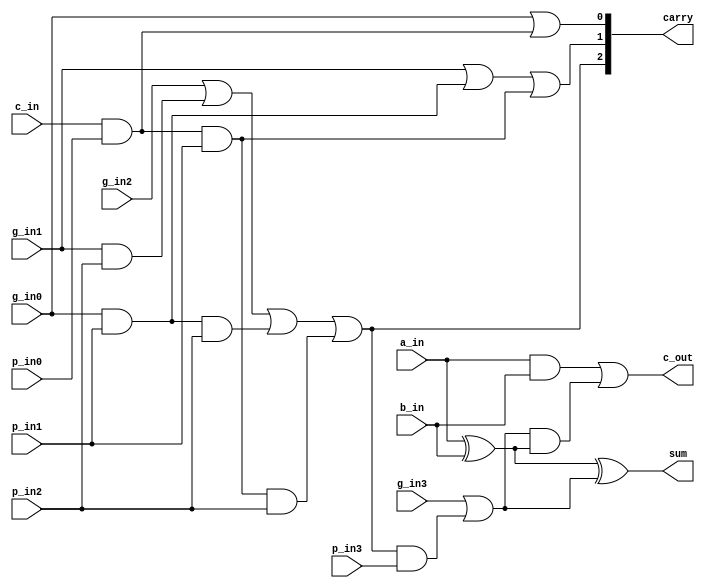
module CLA65clg(sum,                                                                      
                 c_out,                                                                    
                 carry,                                                                    
                 p_in0,                                                                    
                 g_in0,                                                                    
                 p_in1,                                                                    
                 g_in1,                                                                    
                 p_in2,                                                                    
                 g_in2,                                                                    
                 p_in3,                                                                    
                 g_in3,                                                                    
 				a_in,                                                                        
 				b_in,                                                                        
                 c_in                                                                      
                 ) ;                                                                       
                                                                                           
 parameter CA_WIDTH = 3 ;                                                                  
 parameter C_1 = 0 ;                                                                       
 parameter C_2 = 1 ;                                                                       
 parameter C_3 = 2 ;                                                                       
                                                                                           
 output                sum ;                                                               
 output                c_out ;                                                             
 output[CA_WIDTH-1:0]  carry ;                                                             
                                                                                           
 input                 p_in0 ;                                                             
 input                 g_in0 ;                                                             
 input                 p_in1 ;                                                             
 input                 g_in1 ;                                                             
 input                 p_in2 ;                                                             
 input                 g_in2 ;                                                             
 input                 p_in3 ;                                                             
 input                 g_in3 ;                                                             
 input                 a_in ;                                                              
 input                 b_in ;                                                              
 input                 c_in ;                                                              
                                                                                           
 wire                  g64_wire ;                                                          
 wire                  p64_wire ;                                                          
 wire                  c64_wire ;                                                          
                                                                                           
 	                                                                                         
 	//                                                                                       
 	assign carry[C_1] = g_in0|(c_in&p_in0) ;                                                 
 	assign carry[C_2] = g_in1|(g_in0&p_in1)|(c_in&p_in0&p_in1) ;                             
 	assign carry[C_3] = g_in2|(g_in1&p_in2)|(g_in0&p_in1&p_in2)|(c_in&p_in0&p_in1&p_in2) ;   
                                                                                           
 	//                                                                                       
 	assign c64_wire = g_in3|(carry[C_3]&p_in3) ;                                             
                                                                                           
 	//generate g                                                                             
 	assign g64_wire = a_in & b_in ;                                                          
 	//propagate p                                                                            
 	assign p64_wire = a_in ^ b_in ;                                                          
 	                                                                                         
 	//SUM                                                                                    
 	assign sum = a_in^b_in^c64_wire ;                                                        
 	//Carry Output                                                                           
 	assign c_out = g64_wire|(c64_wire&p64_wire) ;                                            
 	                                                                                         
 	                                                                                         
 endmodule